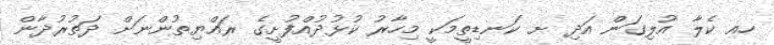
ހއ ކެލާ އުލިގަން އަދި ށ ކަނޑިތީމަކީ މިހާރު ކުޅުދުއްފުށީގެ ރައްޔިތުންނަށް ދަތުރުދާން